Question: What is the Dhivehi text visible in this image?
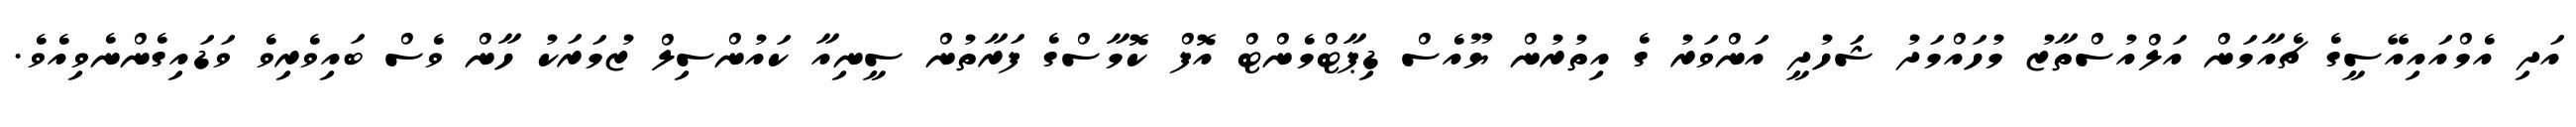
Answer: އަދި އެމްއައިއޭސީގެ ޗެއާމަން އަލްއުސްތާޒު މުހައްމަދު ޝަހުދީ އަންވަރު ގެ އިތުރުން ޔޫއެސް ޑިޕާޓްމެންޓް އޮފް ކޮމާސްގެ ފަރާތުން ސީނިއާ ކައުންސިލް ޒުމަރަކު ހާން ވެސް ބައިވެރިވެ ވަޑައިގެންނެވިއެވެ.